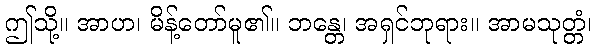
ဤသို့။ အာဟ၊ မိန့်တော်မူ၏။ ဘန္တေ၊ အရှင်ဘုရား။ အာမသုတ္တံ၊